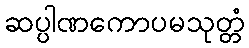
ဆပ္ပါဏကောပမသုတ္တံ